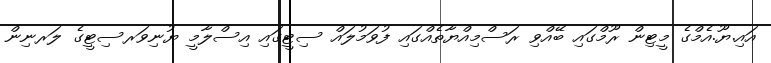
އައި.ޔޫ.އެމްގެ މީޓިން ރޫމްގައި ބޭއްވި ރަސްމިއްޔާތެއްގައި ފުވަމުލައް ސިޓީގައި އިސްލާމީ ޔުނިވަރސިޓީގެ ލަރނިން